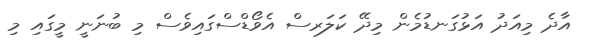
އާދެ މިއަދު އަޅުގަނޑުމެން މިދޭ ކަލަރސް އެވޯޑްސްގައިވެސް މި ބުނަނީ މީގައި މި